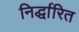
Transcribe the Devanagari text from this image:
निर्द्धारित